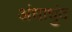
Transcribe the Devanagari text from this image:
अंधाधुंद